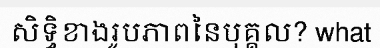
សិទ្ធិខាងរូបភាពនៃបុគ្គល? what